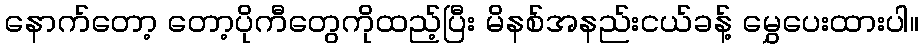
နောက်တော့ တော့ပိုကီတွေကိုထည့်ပြီး မိနစ်အနည်းငယ်ခန့် မွှေပေးထားပါ။